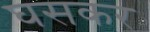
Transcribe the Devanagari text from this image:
घसकर